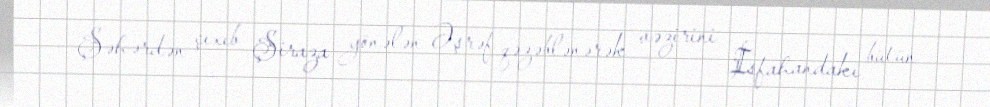
Şəhərdən çıxıb Şiraza yönələn Əşrəf qəzəblənərək vəzirini İsfahandakı bütün